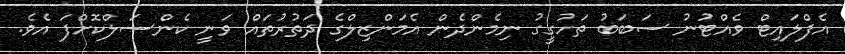
އެފްލައިޓް ވެއްޓުނު ސަބަބު ތަހުގީގު ނިމެންދެން އެމަންޒިލްގެ ދަތުރުތައް ވަނީ ކެންސަލްކޮށްފަ އެވެ.